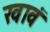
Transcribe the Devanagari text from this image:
खावं